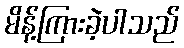
မိန့်ကြားခဲ့ပါသည်